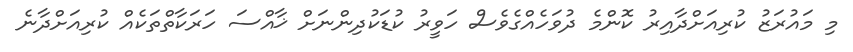
މި މައުރަޒު ކުރިއަށްދާއިރު ކޮންމެ ދުވަހެއްގެވެސް ހަވީރު ކުޑަކުދިންނަށް ޚާއްސަ ހަރަކާތްތަކެއް ކުރިއަށްދާނެ